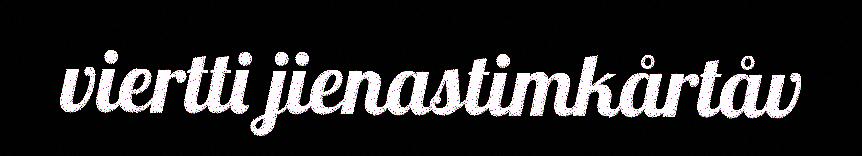
viertti jienastimkårtåv